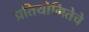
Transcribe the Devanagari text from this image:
प्रतियोगितेचे